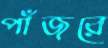
পাঁজরে